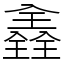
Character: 𠓾